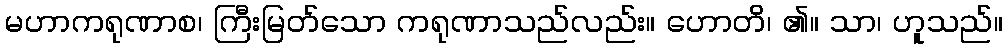
မဟာကရုဏာစ၊ ကြီးမြတ်သော ကရုဏာသည်လည်း။ ဟောတိ၊ ၏။ သာ၊ ဟူသည်။